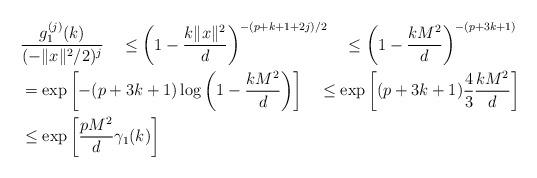
LaTeX: \begin{align*}& \frac{g_1^{(j)}(k)}{ (-\|x\|^2 /2)^j}\quad\leq\left(1-\frac{k\|x\|^2}{d}\right)^{-(p+k+1+2j)/2} \quad\leq\left(1-\frac{kM^2}{d}\right)^{-(p+3k+1)} \\ &=\exp\left[ -(p+3k+1)\log \left( 1 -\frac{kM^2}{d} \right)\right] \quad\leq\exp\left[ (p+3k+1)\frac{4}{3}\frac{kM^2}{d}\right] \\& \leq \exp\left[ \frac{pM^2}{d} \gamma_1(k)\right]\end{align*}